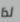
لذا